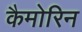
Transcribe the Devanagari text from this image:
कैमोरिन